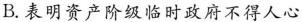
B.表明资产阶级临时政府不得人心